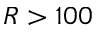
R > 1 0 0